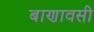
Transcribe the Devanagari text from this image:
बाणावसी